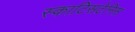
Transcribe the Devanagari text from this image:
स्काटिसटेनिस